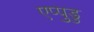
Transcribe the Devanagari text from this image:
एप्पुडु